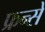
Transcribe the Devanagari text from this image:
फ्रन्से